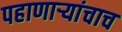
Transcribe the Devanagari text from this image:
पहाणाऱ्यांचाच